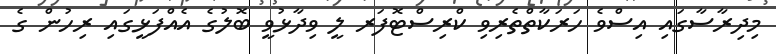
މިދިރާސާގައި އިސްވެ ހަރަކާތްތެރިވި ކްރިސްޓޮފަރ ލީ ވިދާޅުވީ ބޮލުގެ އެއްފަޅީގައި ރިހުން ގެ